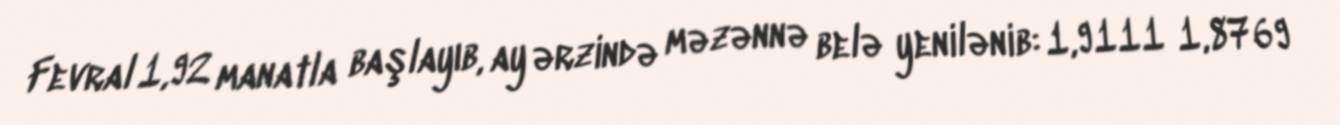
Fevral 1,92 manatla başlayıb, ay ərzində məzənnə belə yenilənib: 1,9111 1,8769